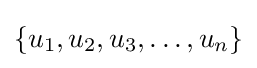
\{u_{1},u_{2},u_{3},\ldots ,u_{n}\}